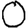
Digit: 0